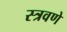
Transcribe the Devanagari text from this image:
स्त्रवणे